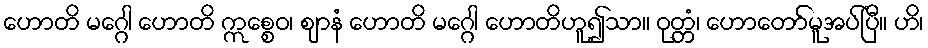
ဟောတိ မဂ္ဂေါ ဟောတိ ဣစ္စေဝ၊ ဈာနံ ဟောတိ မဂ္ဂေါ ဟောတိဟူ၍သာ။ ဝုတ္တံ၊ ဟောတော်မူအပ်ပြီ။ ဟိ၊